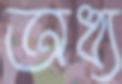
অধ্য